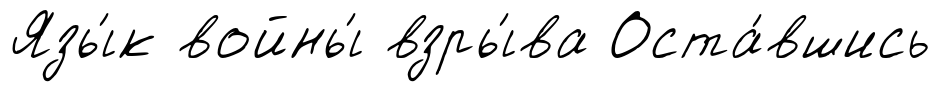
Язы́к войны́ взры́ва Оста́вшись